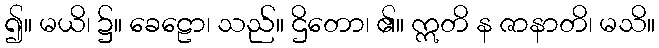
၍။ မယိ၊ ၌။ ခေဠော၊ သည်။ ဌိတော၊ ၏။ ဣတိ န ဇာနာတိ၊ မသိ။